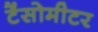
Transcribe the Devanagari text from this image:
टेंसोमीटर